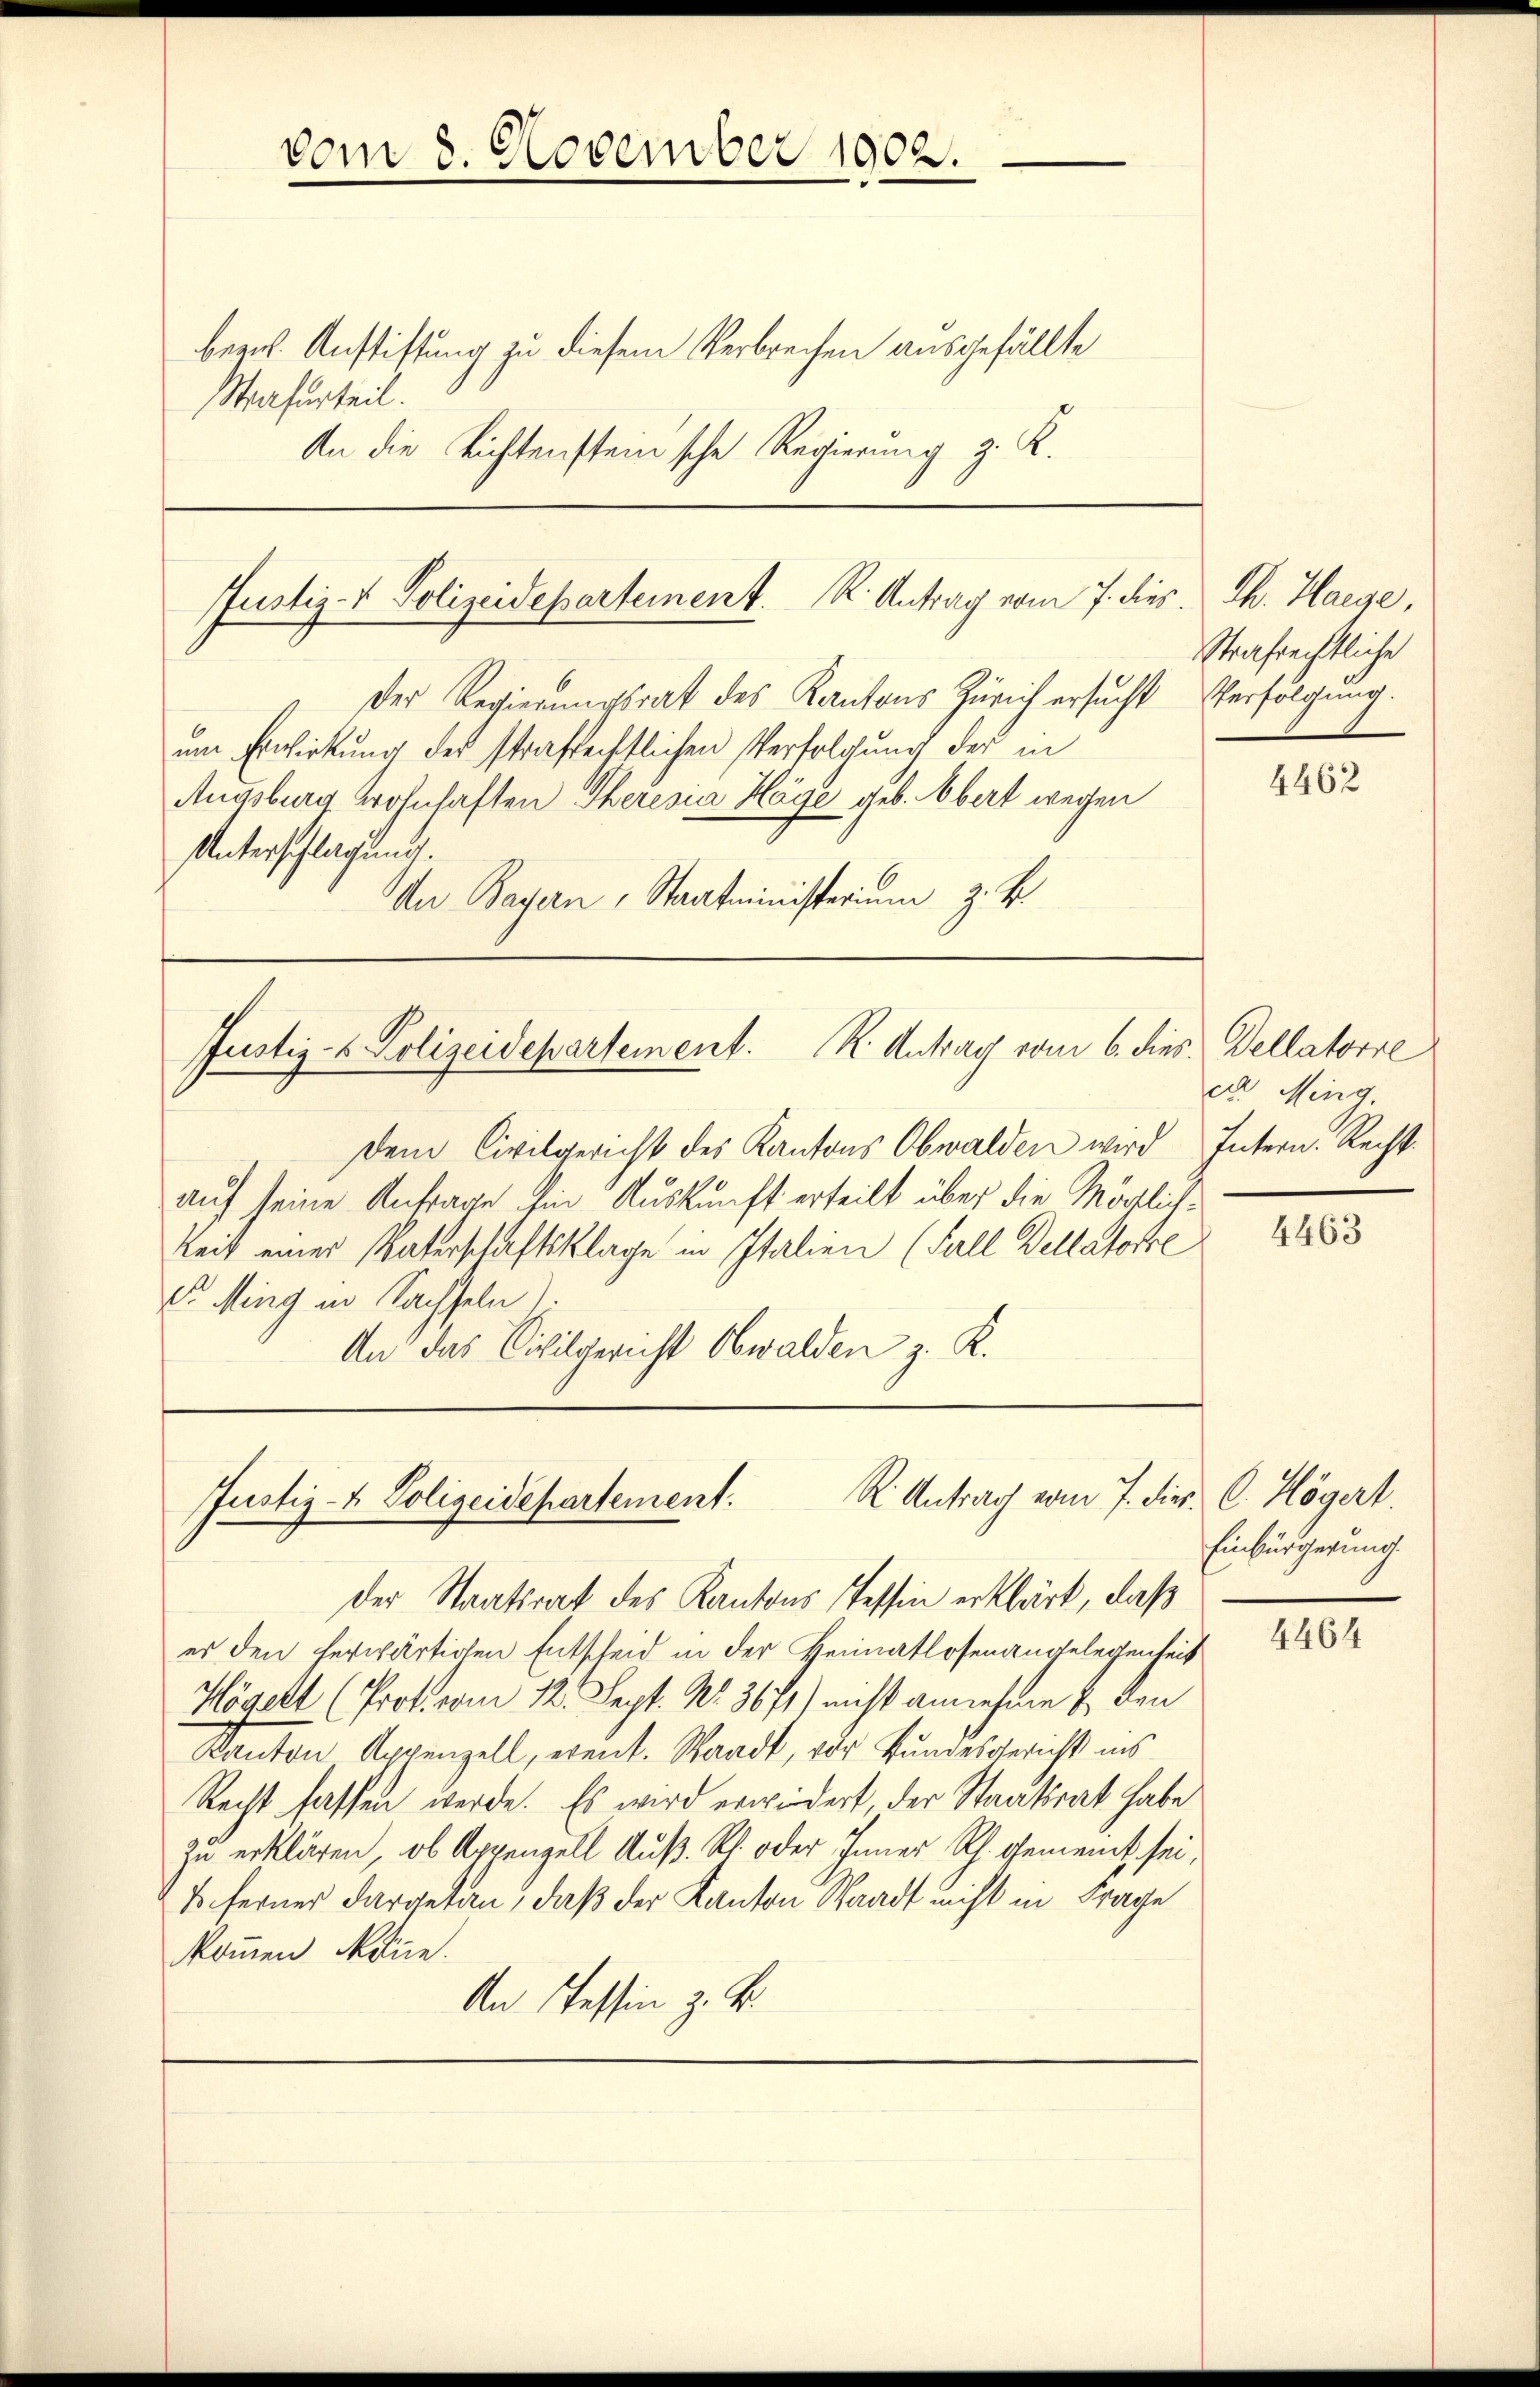
vom 8. November 1902.

ber. Anstiftung zu diesem Verbrechen ausgefällte
rafurteil.
An die Richtensteinsche Regierung z. K.

Justiz- & Polizeidepartement. R. Antrag vom 7. dies. Th. Haege,

Justiz- & Polizeidepartement. K. Antrag vom 6. dies

Justiz- & Polizeidepartement: R Antrag vom 7. dies C. Högert.

Der Regierungsrat des Kantons Zürich ersucht
um Erwirkung des strafrechtlichen Verfolgung der in
Augsburg wohnhaften Theresia Häge geb. Obert wegen
Unterschlagung.
An Bayern, Staatsministerium z. B.

dem Civilgericht des Kantons Obwalden wird Intern. Rechtauf seine Anfrage hin Auskunft erteilt über die Möglich¬
Reit einer Vaterschaftsklage in Italien (Fall Dellatorte
dr. Ming in Sachseln)
An das Civilgericht Obwalden z. K.

der Staatsrat des Kantons Tessin erklärt, daß
es den herwärtigen Entscheid in der Heimatlosenangelegenheit
Högert (Prot. vom 12. Sept. Nr. 3671) nicht annehme & den
Kanton Appenzell, erent. Waadt, vor Bundesgericht ins
Recht fassen werde. Es wird erwiedert, der Staatsrat habe
zu erklären, ob Appenzell Auß. Rh. oder Inner Rh. gemeint sei,
S. ferner dargetan, daß der Kanton Waadt nicht in Frage
kommen könne.
An Tessin z. B.

Strafrechtliche
Verfolgung.

4462

s. Dellatorre
et. Ming.

4463

Einbürgerung.

4464